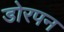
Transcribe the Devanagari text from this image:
डोरपन